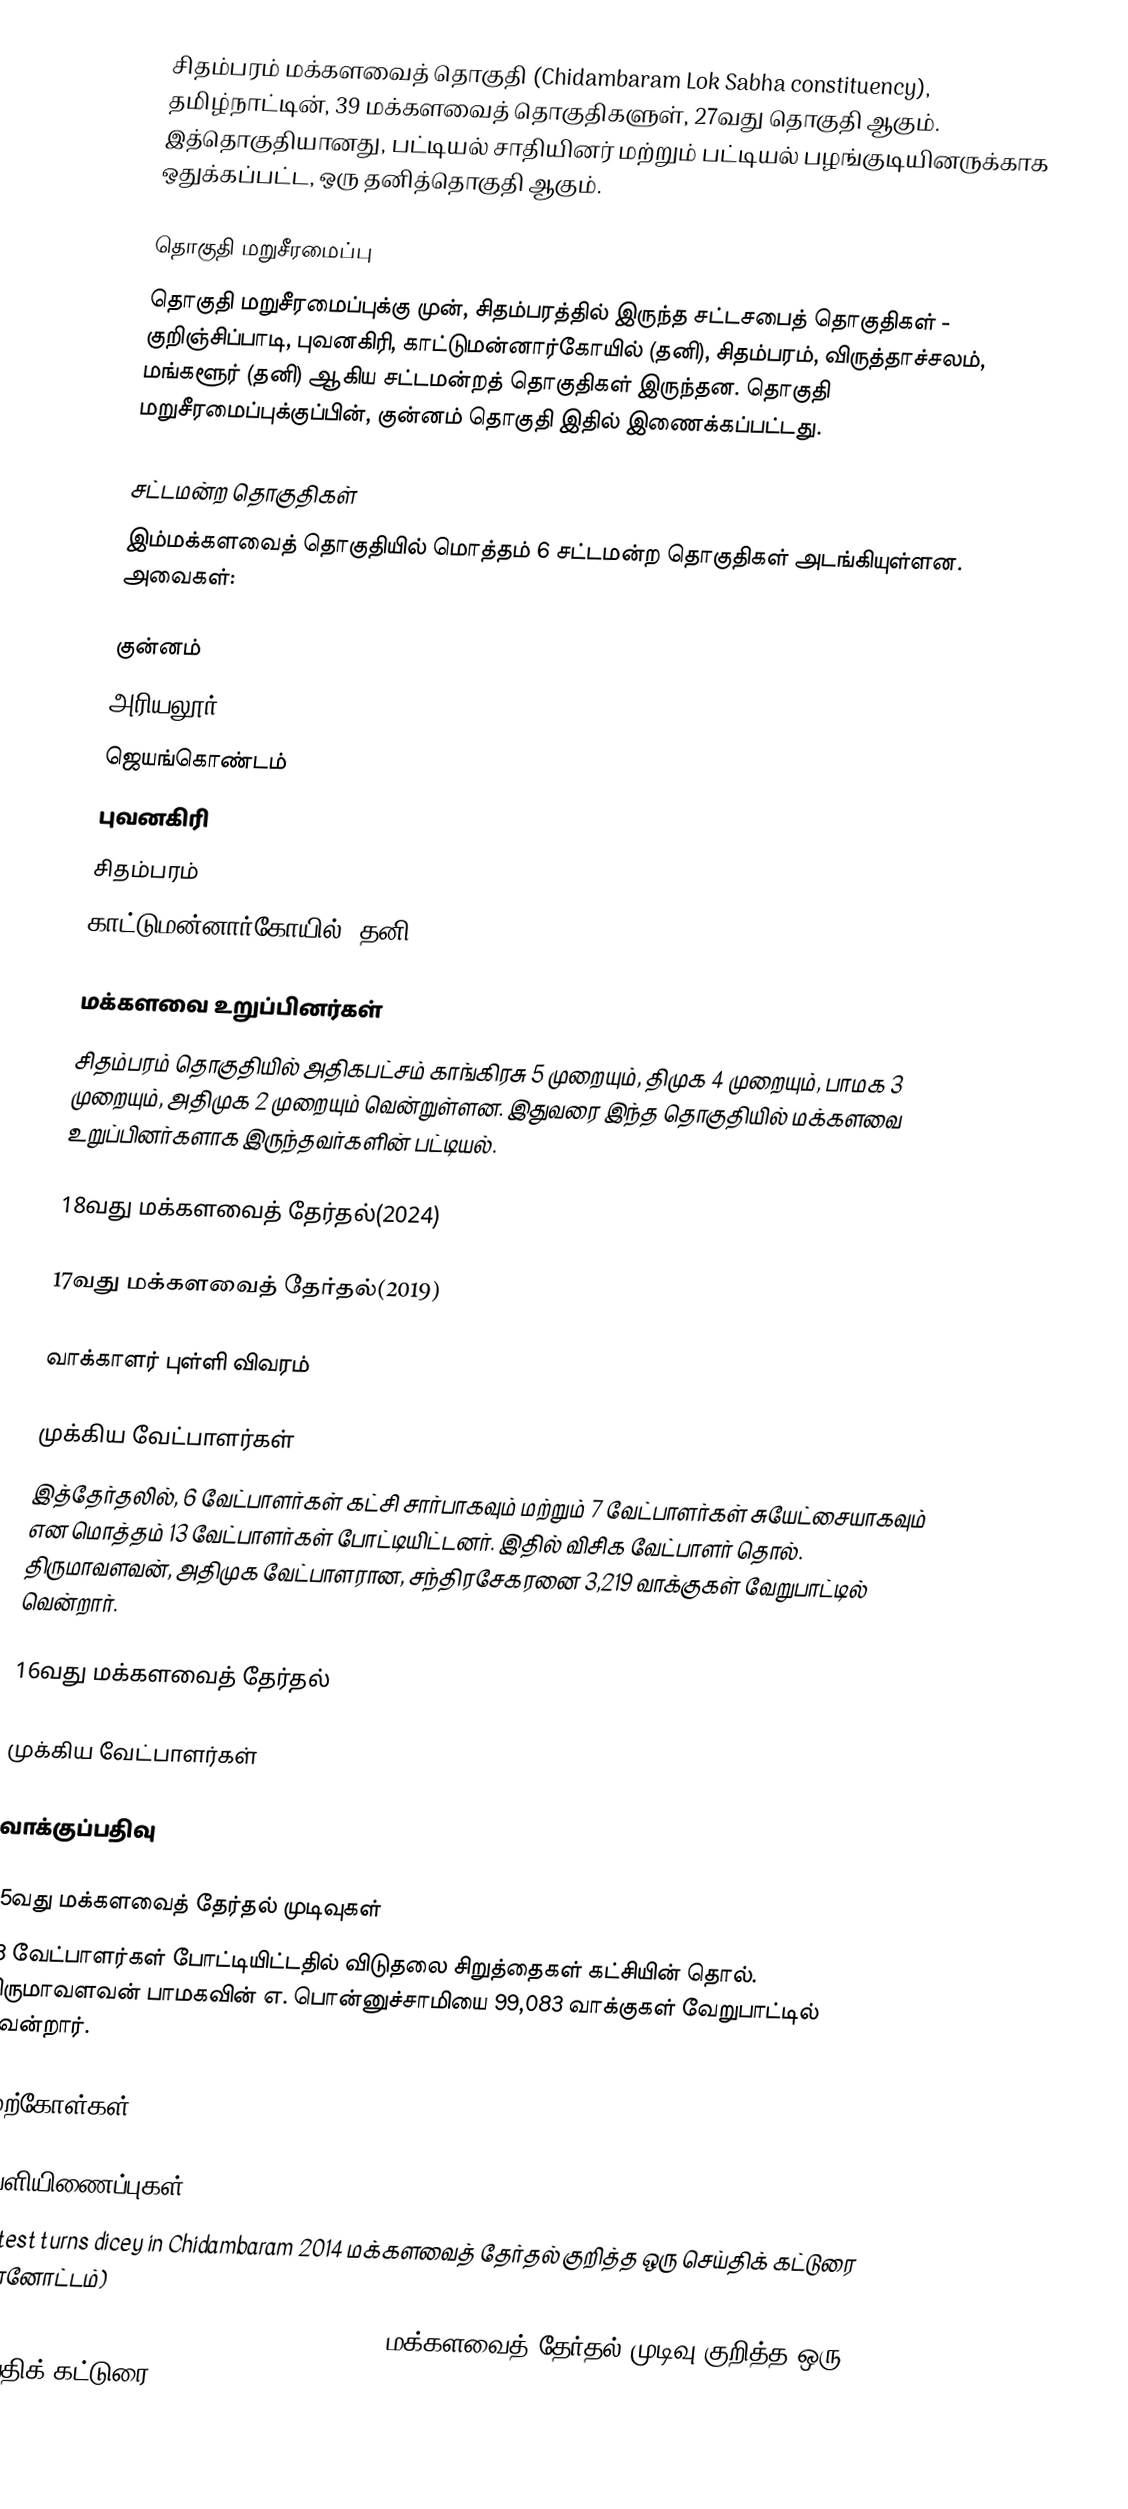
சிதம்பரம் மக்களவைத் தொகுதி (Chidambaram Lok Sabha constituency), தமிழ்நாட்டின், 39 மக்களவைத் தொகுதிகளுள், 27வது தொகுதி ஆகும். இத்தொகுதியானது, பட்டியல் சாதியினர் மற்றும் பட்டியல் பழங்குடியினருக்காக ஒதுக்கப்பட்ட, ஒரு தனித்தொகுதி ஆகும்.

தொகுதி மறுசீரமைப்பு
தொகுதி மறுசீரமைப்புக்கு முன், சிதம்பரத்தில் இருந்த சட்டசபைத் தொகுதிகள் - குறிஞ்சிப்பாடி, புவனகிரி, காட்டுமன்னார்கோயில் (தனி), சிதம்பரம், விருத்தாச்சலம், மங்களூர் (தனி) ஆகிய சட்டமன்றத் தொகுதிகள் இருந்தன. தொகுதி மறுசீரமைப்புக்குப்பின், குன்னம் தொகுதி இதில் இணைக்கப்பட்டது.

சட்டமன்ற தொகுதிகள்
இம்மக்களவைத் தொகுதியில் மொத்தம் 6 சட்டமன்ற தொகுதிகள் அடங்கியுள்ளன. அவைகள்:

 குன்னம்
 அரியலூர்
 ஜெயங்கொண்டம்
 புவனகிரி
 சிதம்பரம்
 காட்டுமன்னார்கோயில் (தனி)

மக்களவை உறுப்பினர்கள்
சிதம்பரம் தொகுதியில் அதிகபட்சம் காங்கிரசு 5 முறையும், திமுக 4 முறையும், பாமக 3 முறையும், அதிமுக 2 முறையும் வென்றுள்ளன. இதுவரை இந்த தொகுதியில் மக்களவை உறுப்பினர்களாக இருந்தவர்களின் பட்டியல்.

18வது மக்களவைத் தேர்தல்(2024)

17வது மக்களவைத் தேர்தல்(2019)

வாக்காளர் புள்ளி விவரம்

முக்கிய வேட்பாளர்கள்
இத்தேர்தலில், 6 வேட்பாளர்கள் கட்சி சார்பாகவும் மற்றும் 7 வேட்பாளர்கள் சுயேட்சையாகவும் என மொத்தம் 13 வேட்பாளர்கள் போட்டியிட்டனர். இதில் விசிக வேட்பாளர் தொல். திருமாவளவன், அதிமுக வேட்பாளரான, சந்திரசேகரனை 3,219 வாக்குகள் வேறுபாட்டில் வென்றார்.

16வது மக்களவைத் தேர்தல்

முக்கிய வேட்பாளர்கள்

வாக்குப்பதிவு

15வது மக்களவைத் தேர்தல் முடிவுகள்
13 வேட்பாளர்கள் போட்டியிட்டதில் விடுதலை சிறுத்தைகள் கட்சியின் தொல். திருமாவளவன் பாமகவின் எ. பொன்னுச்சாமியை 99,083 வாக்குகள் வேறுபாட்டில் வென்றார்.

மேற்கோள்கள்

வெளியிணைப்புகள்
 Contest turns dicey in Chidambaram 2014 மக்களவைத் தேர்தல் குறித்த ஒரு செய்திக் கட்டுரை (முன்னோட்டம்)
 AIADMK scripts a comeback in Chidambaram 2014 மக்களவைத் தேர்தல் முடிவு குறித்த ஒரு செய்திக் கட்டுரை